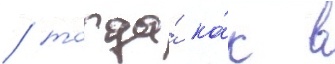
/ тогда́ ка́к в